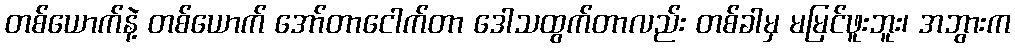
တစ်ယောက်နဲ့ တစ်ယောက် အော်တာငေါက်တာ ဒေါသထွက်တာလည်း တစ်ခါမှ မမြင်ဖူးဘူး၊ အဘွားက